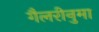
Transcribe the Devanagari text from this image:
गैलरीनुमा